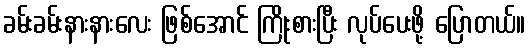
ခမ်းခမ်းနားနားလေး ဖြစ်အောင် ကြိုးစားပြီး လုပ်ပေးဖို့ ပြောတယ်။